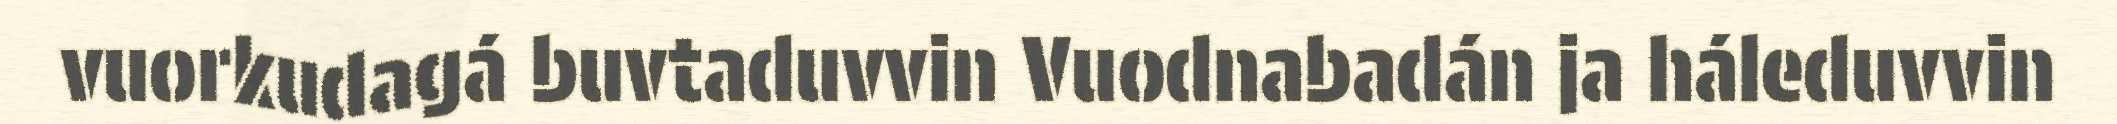
vuorkudagá buvtaduvvin Vuodnabadán ja háleduvvin